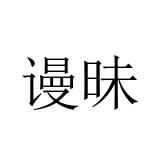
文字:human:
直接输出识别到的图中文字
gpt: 谩昧